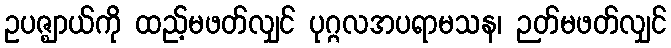
ဥပဇ္ဈာယ်ကို ထည့်မဖတ်လျှင် ပုဂ္ဂလအပရာမသန၊ ဉတ်မဖတ်လျှင်